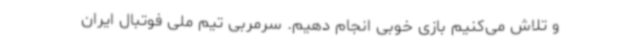
و تلاش می‌کنیم بازی خوبی انجام دهیم. سرمربی تیم ملی فوتبال ایران